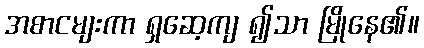
အစာငမျးကာ ရှဆေ့ကျ ၍သာ မြိုနေ၏။